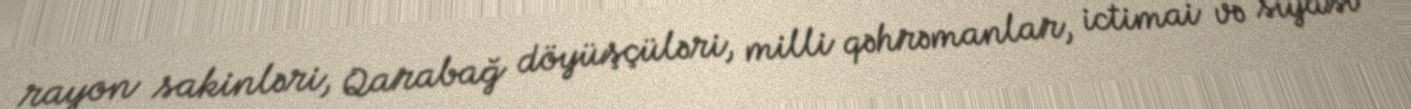
rayon sakinləri, Qarabağ döyüşçüləri, milli qəhrəmanlar, ictimai və siyasi